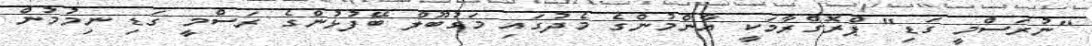
"ނުރަސްމީ ގަޑި" ޕްރޮގްރާމަކީ އާންމުންގެ މެދުގައި މަގުބޫލް ބޭފުޅުންގެ ރަސްމީ ގަޑި ނިމުމުން